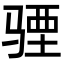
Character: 𩧾